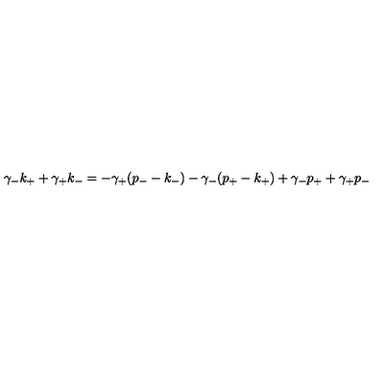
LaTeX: \gamma _ { - } k _ { + } + \gamma _ { + } k _ { - } = - \gamma _ { + } ( p _ { - } - k _ { - } ) - \gamma _ { - } ( p _ { + } - k _ { + } ) + \gamma _ { - } p _ { + } + \gamma _ { + } p _ { - } \nonumber